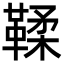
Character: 鞣